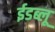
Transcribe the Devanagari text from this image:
ईडब्लू